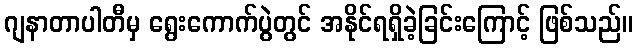
ဂျနာတာပါတီမှ ရွေးကောက်ပွဲတွင် အနိုင်ရရှိခဲ့ခြင်းကြောင့် ဖြစ်သည်။